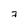
Character: 7